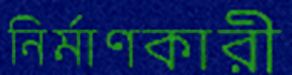
নির্মাণকারী